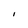
Character: I